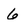
Character: 6